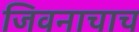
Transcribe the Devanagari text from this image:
जिवनाचाच